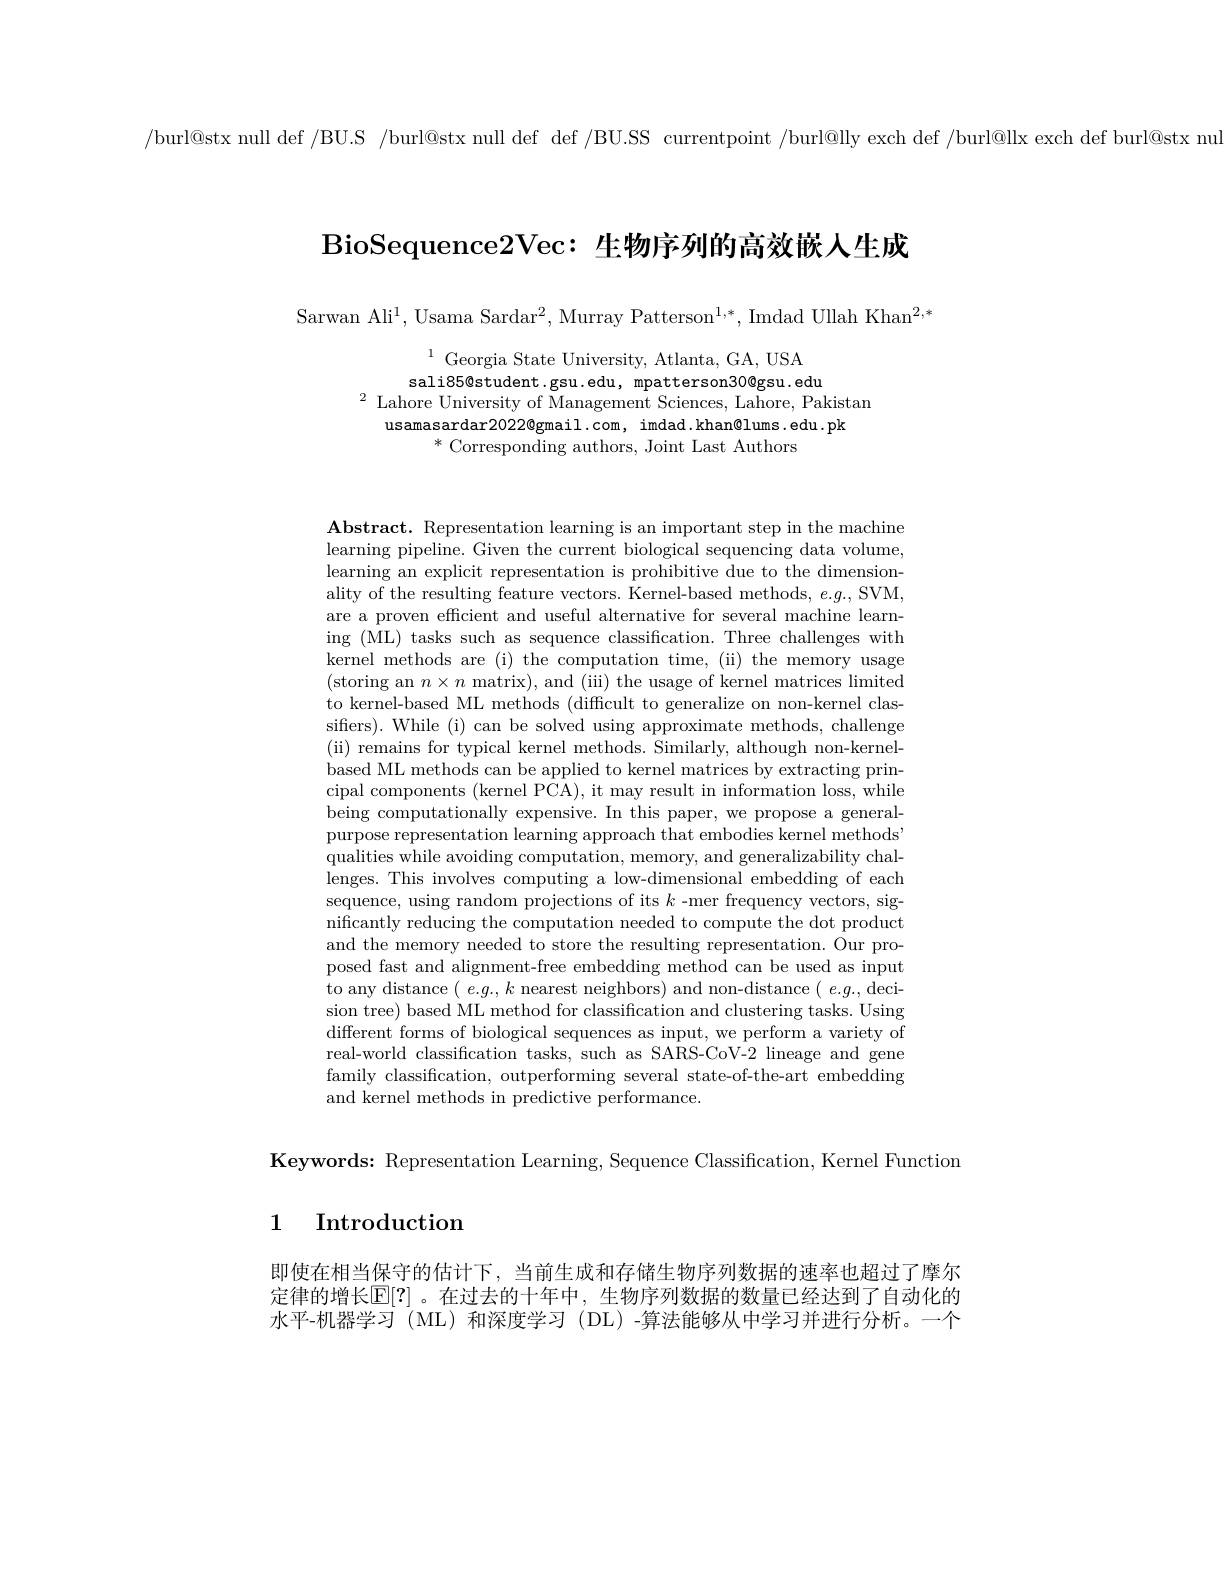
/burl@stx null def /BU.S /burl@stx null def def /BU.SS currentpoint /burl@lly exch def /burl@llx exch def burl@stx nu

BioSequence2Vec:生物序列的高效嵌人生成

Sarwan Ali$^1$, Usama Sardar$^2$, Murray Patterson$^1,*$, Imdad Ullah Khan$^2,*$

$^{1}$Georgia State University, Atlanta, GA, USA
sali85@student.gsu.edu, mpatterson30@gsu. edu
$^{2}$ Lahore University of Management Sciences, Lahore, Pakistan
usamasardar2022@gmail.com, imdad.khan@lums.edu.pk
$^*$ Corresponding authors, Joint Last Authors

$\mathbf{Abstract.~Representation~learning~is~an~important~step~in~the~machine}$ learning pipeline. Given the current biological sequencing data volume, learning an explicit representation is prohibitive due to the dimensionality of the resulting feature vectors. Kernel-based methods, $e.g.$,SVM, are a proven efficient and useful alternative for several machine learning (ML) tasks such as sequence classification. Three challenges with kernel methods are (i) the computation time, (ii) the memory usage (storing an $n\times n$ matrix), and (iii) the usage of kernel matrices limited to kernel-based ML methods (difficult to generalize on non-kernel classifers). While (i) can be solved using approximate methods, challenge ( ii) remains for typical kernel methods. Similarly, although non- kernel- based ML methods can be applied to kernel matrices by extracting principal components (kernel PCA), it may result in information loss, while being computationally expensive. In this paper, we propose a generalpurpose representation learning approach that embodies kernel methods" qualities while avoiding computation, memory, and generalizability challenges. This involves computing a low-dimensional embedding of each sequence, using random projections of its $k$ -mer frequency vectors, significantly reducing the computation needed to compute the dot product and the memory needed to store the resulting representation. Our proposed fast and alignment-free embedding method can be used as input to any distance ( $e.g.,k$ nearest neighbors) and non-distance ( $e.g.$,decision tree) based ML method for classification and clustering tasks. Using different forms of biological sequences as input, we perform a variety of real-world classification tasks, such as SARS-CoV-2 lineage and gene family classification, outperforming several state-of-the-art embedding and kernel methods in predictive performance.

Keywords: Representation Learning, Sequence Classification, Kernel Function

## 1 Introduction

即使在相当保守的估计下，当前生成和存储生物序列数据的速率也超过了摩尔定律的增长$\mathbb{E}[?]$ 。在过去的十年中，生物序列数据的数量已经达到了自动化的水平-机器学习 (ML)和深度学习 (DL)-算法能够从中学习并进行分析。一个